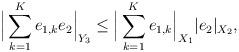
LaTeX: \begin{align*}\Big | \sum_{k=1}^K e_{1,k}e_{2} \Big |_{Y_3}\le \Big | \sum_{k=1}^K e_{1,k} \Big |_{X_1} |e_{2}|_{X_{2}},\end{align*}